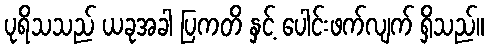
ပုရိသသည် ယခုအခါ ပြကတိ နှင့် ပေါင်းဖက်လျက် ရှိသည်။